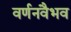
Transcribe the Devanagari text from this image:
वर्णनवैभव